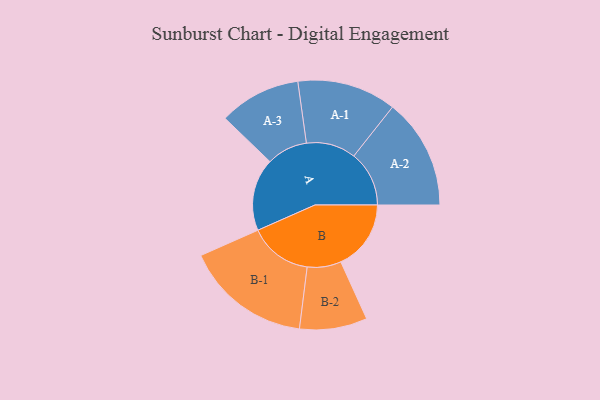
{"axis": {"x": "Segment", "y": "Value"}, "legend": ["", "A", "B"], "data": [{"x": "A", "y": 341, "type": ""}, {"x": "B", "y": 330, "type": ""}, {"x": "A-1", "y": 233, "type": "A"}, {"x": "A-2", "y": 260, "type": "A"}, {"x": "A-3", "y": 192, "type": "A"}, {"x": "B-1", "y": 297, "type": "B"}, {"x": "B-2", "y": 159, "type": "B"}]}